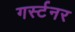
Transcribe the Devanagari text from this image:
गर्स्टनर